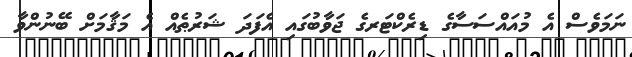
ނަމަވެސް އެ މުއައްސަސާގެ ޑިރެކްޓަރގެ ޖަވާބުގައި އެފަދަ ޝަރުޠެއް އެ މަޤާމަށް ބޭނުންވާ